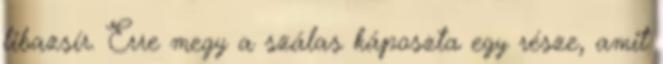
libazsír. Erre megy a szálas káposzta egy része, amit